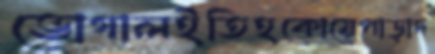
ভোগালইতিহকোয়েপাড়াদ